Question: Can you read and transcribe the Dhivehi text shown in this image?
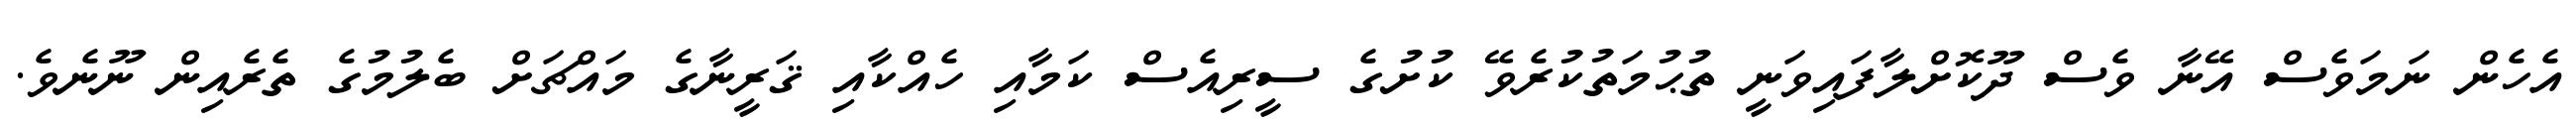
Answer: އެހެން ނަމަވެސް އޭނާ ވެސް ދޫކޮށްލާފައިވަނީ ތުޙުމަތުކުރެވޭ ކުށުގެ ސީރިއެސް ކަމާއި ހެއްކާއި ޤަރީނާގެ މައްޗަށް ބެލުމުގެ ތެރެއިން ނޫނެވެ.